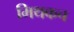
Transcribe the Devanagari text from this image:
मिथकच